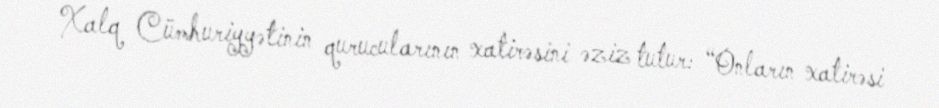
Xalq Cümhuriyyətinin qurucularının xatirəsini əziz tutur: “Onların xatirəsi